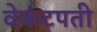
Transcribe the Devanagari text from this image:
वेकंटपती